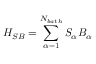
{ { H } _ { S B } } = \sum _ { \alpha = 1 } ^ { { { N } _ { b a t h } } } { { { S } _ { \alpha } } } { { B } _ { \alpha } }